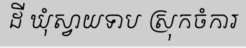
ដី ឃុំស្វាយទាប ស្រុកចំការ